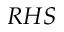
R H S